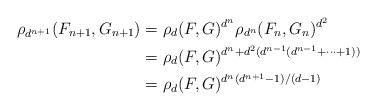
LaTeX: \begin{align*}\rho_{d^{n+1}}(F_{n+1}, G_{n+1})&= \rho_{d}(F, G)^{d^n} \rho_{d^n}(F_n,G_n)^{d^2} \\ &= \rho_{d}(F,G)^{d^n + d^2(d^{n-1}(d^{n-1}+\dots + 1))} \\ &= \rho_{d}(F,G)^{d^n (d^{n+1}-1)/(d-1)}\end{align*}